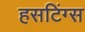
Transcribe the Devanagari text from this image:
हसटिंग्स